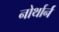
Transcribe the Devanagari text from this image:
नोर्थार्न